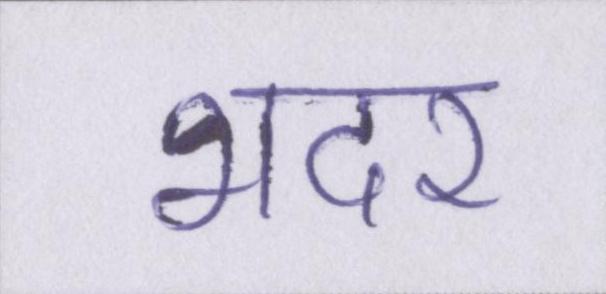
भदर